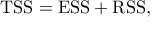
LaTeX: \mathrm { T S S } = \mathrm { E S S } + \mathrm { R S S } ,